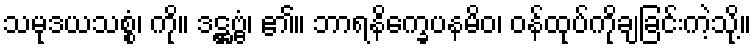
သမုဒယသစ္စံ၊ ကို။ ဒဋ္ဌဗ္ဗံ၊ ၏။ ဘာရနိက္ခေပနမိဝ၊ ဝန်ထုပ်ကိုချခြင်းကဲ့သို့။